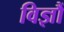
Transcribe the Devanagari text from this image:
विज्ञौं